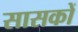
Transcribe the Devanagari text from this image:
सासकों